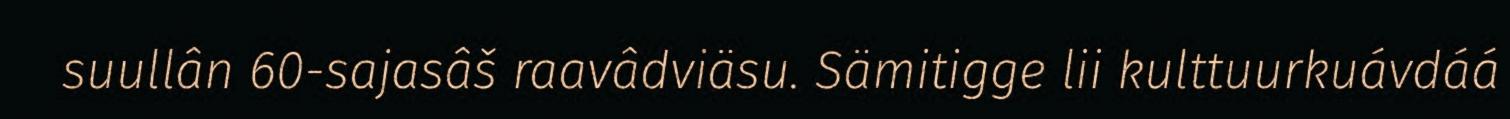
suullân 60-sajasâš raavâdviäsu. Sämitigge lii kulttuurkuávdáá